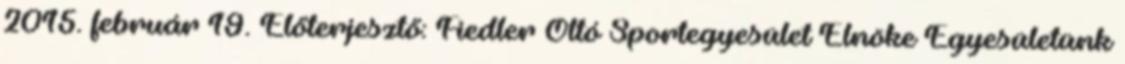
2015. február 19. Előterjesztő: Fiedler Ottó Sportegyesület Elnöke Egyesületünk